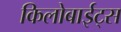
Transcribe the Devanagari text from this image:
किलोबाईट्स